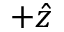
+ \hat { z }